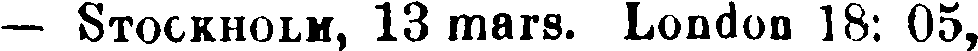
— Stockholm, 13 mars. London 18: 05,